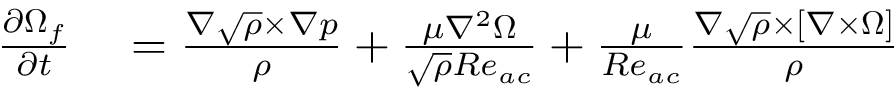
\begin{array} { r l } { \frac { \partial \boldsymbol { \Omega } _ { f } } { \partial t } } & { { } = \frac { \nabla \sqrt { \rho } \times \nabla p } { \rho } + \frac { \mu \nabla ^ { 2 } \boldsymbol { \Omega } } { \sqrt { \rho } R e _ { a c } } + \frac { \mu } { R e _ { a c } } \frac { \nabla \sqrt { \rho } \times [ \nabla \times \boldsymbol { \Omega } ] } { \rho } } \end{array}